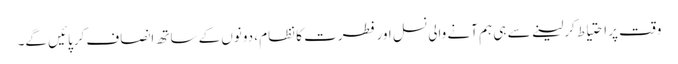
وقت پر احتیاط کرلینے سے ہی ہم آنے والی نسل اور فطرت کا نظام ، دونوں کے ساتھ انصاف کرپائیں گے۔